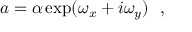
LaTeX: a = \alpha \exp ( \omega _ { x } + i \omega _ { y } ) ~ ~ ,